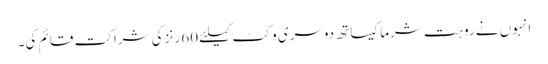
انہوں نے روہت شرما کیساتھ دوسری وکٹ کیلئے 60 رنز کی شراکت قائم کی۔